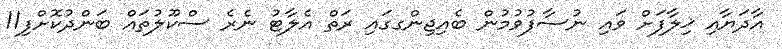
އާދަޔާއި ޚިލާފަށް ވައި ނުސާފުވުމުން ބެއިޖިންގގައި ރަތް އެލާޓު ނެރެ ސްކޫލުތައް ބަންދުކޮށްފި11